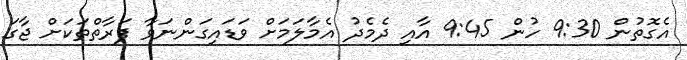
އެގޮތުން 9:30 ހުން 9:45 އާއި ދެމެދު އެމާލަމަށް ވަޑައިގަންނަވާ ފަރާތްތަކަށް ޖާގަ